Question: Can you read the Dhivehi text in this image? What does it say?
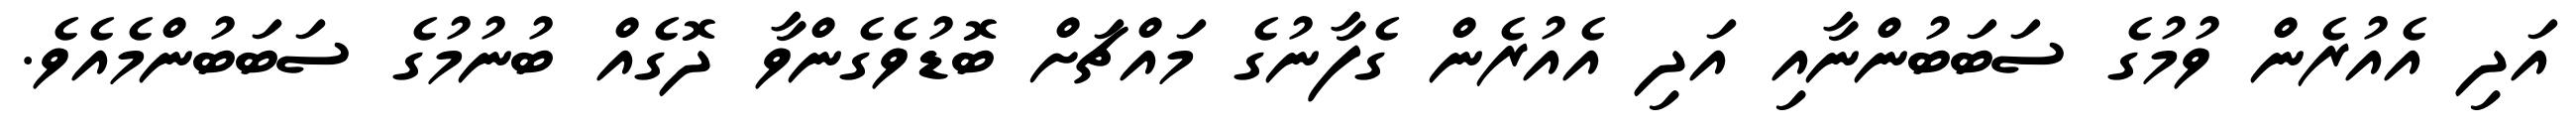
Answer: އަދި އެއުރެން ވުމުގެ ސަބަބުންނާއި އަދި އެއުރެން ގެފާނުގެ މައްޗަށް ބޮޑުވެގެންވާ ދޮގެއް ބުނުމުގެ ސަބަބުންމެއެވެ.